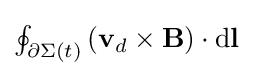
{\textstyle \oint _{\partial \Sigma (t)}\left(\mathbf {v} _{d}\times \mathbf {B} \right)\cdot \mathrm {d} \mathbf {l} }